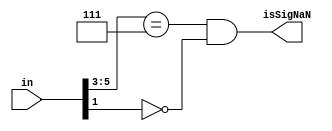
`define DEFINES_DONE
`define EXPONENT 5
`define MANTISSA 10
`define SIGN 1
`define DATAWIDTH (`SIGN+`EXPONENT+`MANTISSA)
`define IEEE_COMPLIANCE 1
`define NUM 8
`define ADDRSIZE 7
`define ADDRSIZE_FOR_TB 10
`define EXPONENT 5
`define MANTISSA 10
`define ACTUAL_MANTISSA 11
`define EXPONENT_LSB 10
`define EXPONENT_MSB 14
`define MANTISSA_LSB 0
`define MANTISSA_MSB 9
`define MANTISSA_MUL_SPLIT_LSB 3
`define MANTISSA_MUL_SPLIT_MSB 9
`define SIGN 1
`define SIGN_LOC 15
`define DWIDTH (`SIGN+`EXPONENT+`MANTISSA)
`define IEEE_COMPLIANCE 1
`define EXPONENT 5
`define MANTISSA 10
`define ACTUAL_MANTISSA 11
`define EXPONENT_LSB 10
`define EXPONENT_MSB 14
`define MANTISSA_LSB 0
`define MANTISSA_MSB 9
`define MANTISSA_MUL_SPLIT_LSB 3
`define MANTISSA_MUL_SPLIT_MSB 9
`define SIGN 1
`define SIGN_LOC 15
`define DWIDTH (`SIGN+`EXPONENT+`MANTISSA)
`define IEEE_COMPLIANCE 1
`define EXPONENT 5
`define MANTISSA 10
`define ACTUAL_MANTISSA 11
`define EXPONENT_LSB 10
`define EXPONENT_MSB 14
`define MANTISSA_LSB 0
`define MANTISSA_MSB 9
`define MANTISSA_MUL_SPLIT_LSB 3
`define MANTISSA_MUL_SPLIT_MSB 9
`define SIGN 1
`define SIGN_LOC 15
`define DWIDTH (`SIGN+`EXPONENT+`MANTISSA)
`define IEEE_COMPLIANCE 1

module  isSigNaNRecFN(in, isSigNaN);

  parameter expWidth = 3;
  parameter sigWidth = 3;
  
  input [(expWidth + sigWidth):0] in;
  output isSigNaN;

    wire isNaN =
        (in[(expWidth + sigWidth - 1):(expWidth + sigWidth - 3)] == 'b111);
    assign isSigNaN = isNaN && !in[sigWidth - 2];

endmodule